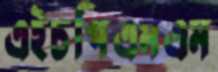
এইচপিএমএম